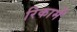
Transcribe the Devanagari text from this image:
रिकामें